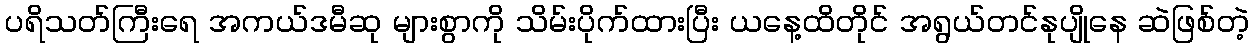
ပရိသတ်ကြီးရေ အကယ်ဒမီဆု များစွာကို သိမ်းပိုက်ထားပြီး ယနေ့ထိတိုင် အရွယ်တင်နုပျိုနေ ဆဲဖြစ်တဲ့